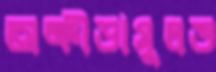
অক্রীড়াসুলভ